Indian journal of veterinary science and animal husbandry - Volume 3,
Year: 1933
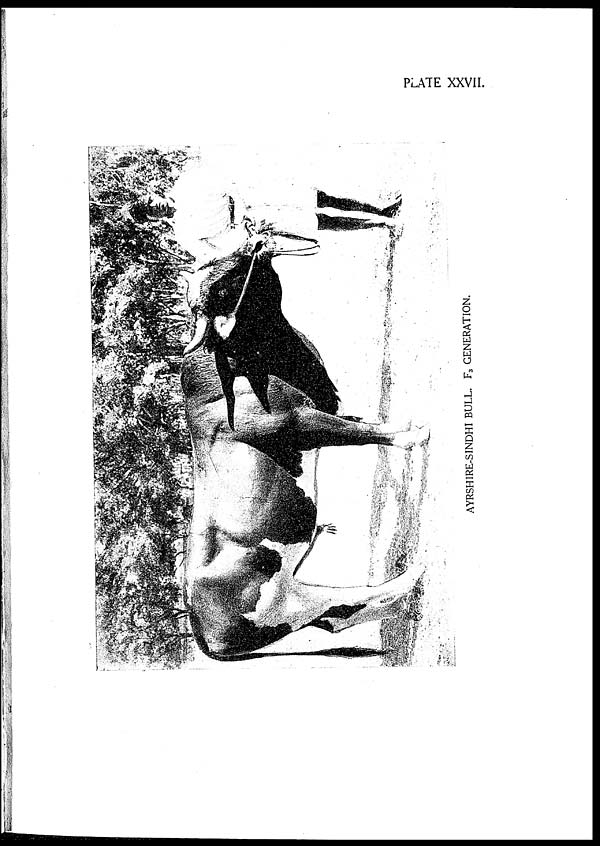
CROSS-BREEDING FOR MILK
333
western countries, a stockman or labourer takes a pride and interest in all his
animals but this class of trained labour is not available in India at present and it
is hoped that with better training and more supervision, this standard can be
obtained in the near future.
Regarding udder trouble, the cross-bred is not so liable to develop this as pure
Sindhis,
Two tests for T. B. have been conducted on the half-bred herd and in both
cases, they have been declared free.
One drawback amongst the half-bred is that many cows do not conceive at the
first or second covering but with all this, their dry periods are much shorter than
the country cows.
BREEDING BACK TO THE COUNTRY WITH COUNTRY SIRES.
Quarter-bred Ayrshire Sindhi and Sahiwal.—This experiment has only been
conducted during the last 6 years at Hosur and a good number of cows
have been sold. A Sindhi bull has been used on cross-bred cows and the
particulars of the cows at present on the farm are given in the list at the end. Two
out of these 5 cows have yielded over 5,000 lb. milk. Cow No. 261 has given over
5,000 lb. milk in her 2 lactations with daily averages of 16.1 and 18.5.
In 1930, this Government purchased 16 cows and heifers from Pusa (¼ Ayrshire,
¾ Sahiwal). The particulars of the best cows are given in the list at the end. It is
seen that one cow No. 216 CL has given 8,570 lb. with a daily average of 19.9 lb.
and in her present lactation has given 11,532.7 lb. with a daily average of 27.8 lb.
and is still in milk. This yield is much better than any of the F. 1 half-bred cows.
Cow No. 250 M.T. has given 5,495 lb. with a daily average of 15.1 lb. Cow
No. 255 RJ. has given in her present lactation 8,169 lb. milk with a daily average of
17.1 lb. and is still in milk.
CONCLUSIONS.
In an experiment of this kind a very large number of animals are necessary,
at least 200 F. 2 cows are necessary in order that a good selection can be made.
Possibly 25 to 30 per cent. of the cows would be retained and the same applies to
future generations. In this experiment the original numbers, I have worked on,
have been very small and only very poor milkers and bad breeders have, been
discarded, therefore drastic discarding was impossible. There are two cows out of
9 in F. 3, which have gone over 6,000 lb. in a lactation, another animal would have
reached this figure but unfortunately it died.